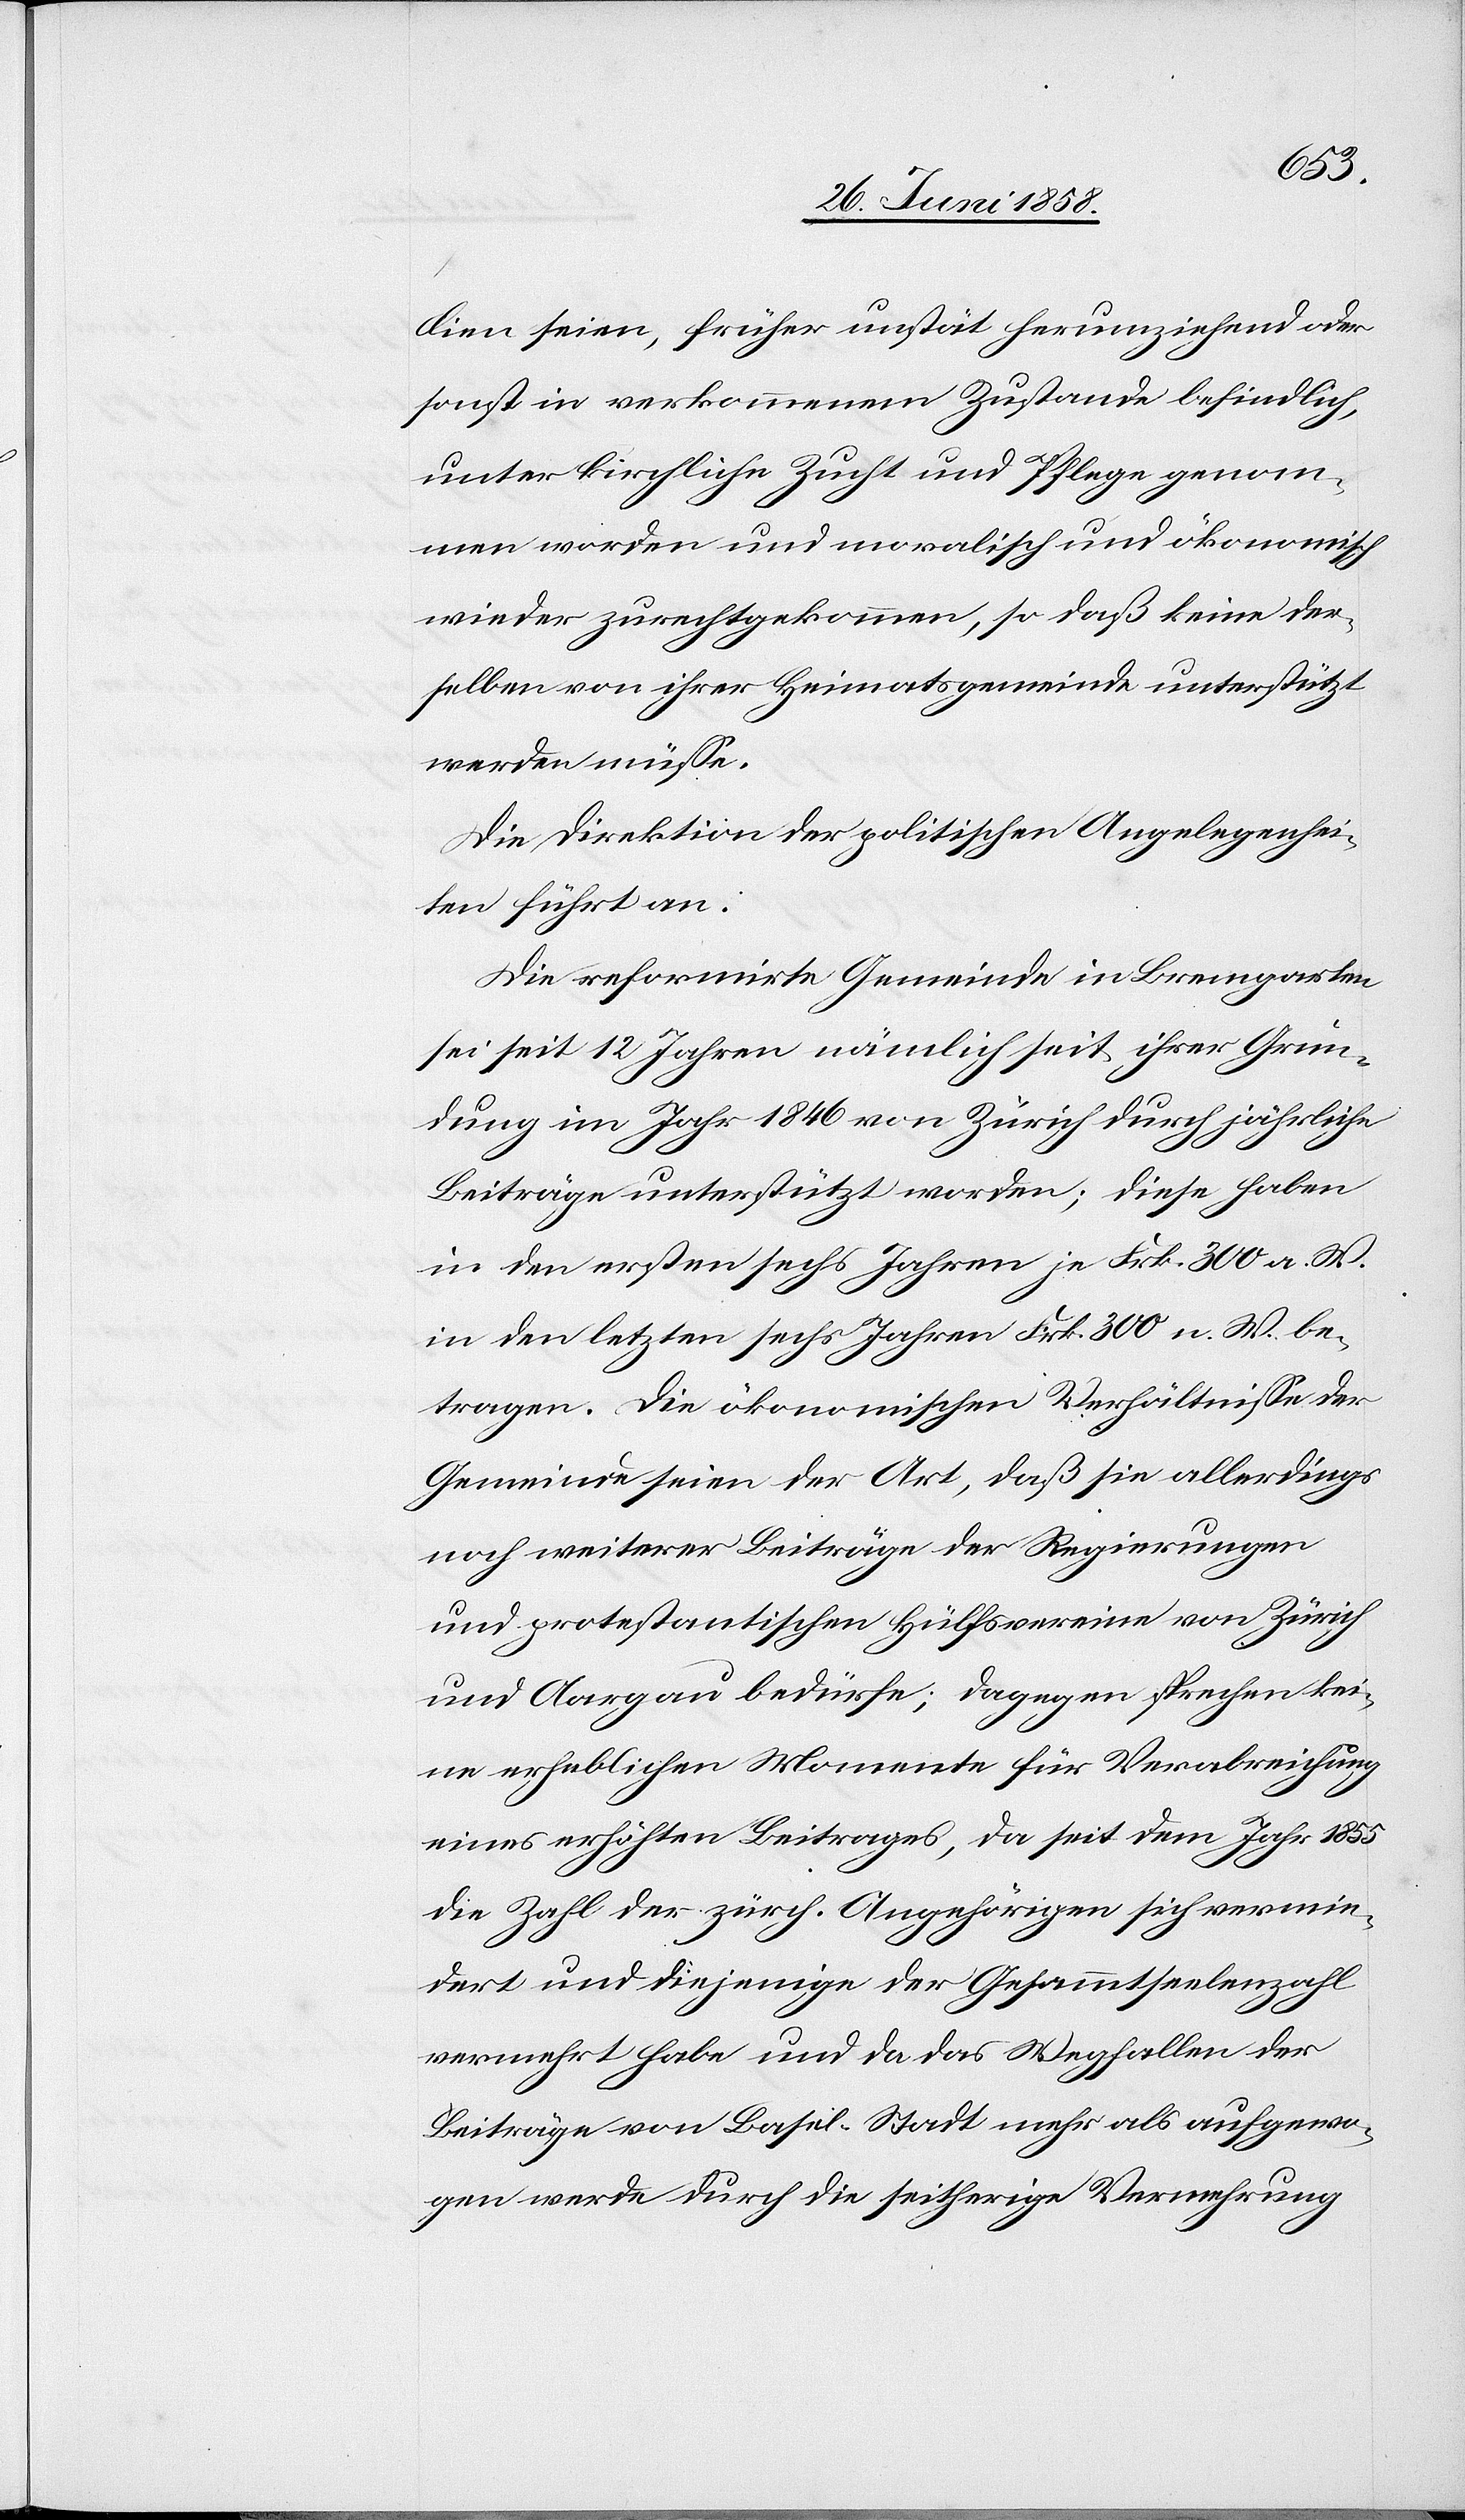
lien seien, früher unstät herumziehend oder
sonst in verkommenem Zustande befindlich,
unter kirchliche Zucht und Pflege genom¬
men worden und moralisch und ökonomisch
wieder zurechtgekommen, so daß keine der¬
selben von ihrer Heimatsgemeinde unterstützt
werden müsse.
Die Direktion der politischen Angelegenhei¬
ten führt an:
Die reformirte Gemeinde in Bremgarten
sei seit 12 Jahren nämlich seit ihrer Grün¬
dung im Jahr 1846 von Zürich durch jährliche
Beiträge unterstützt worden; diese haben
in den ersten sechs Jahren je Frk. 300 a.
in den letzten sechs Jahren Frk. 300 n. W. be¬
tragen. Die ökonomischen Verhältnisse der
Gemeinde seien der Art, daß sie allerdings
noch weiterer Beiträge der Regierungen
und protestantischen Hülfsvereine von Zürich
und Aargau bedürfe; dagegen sprechen kei¬
ne erheblichen Momente für Verabreichung
eines erhöhten Beitrages, da seit dem Jahr 1855
die Zahl der zürch. Angehörigen sich vermin¬
dert und diejenige der Gesammtseelenzahl
vermehrt habe und da das Wegfallen der
Beiträge von Basel-Stadt mehr als aufgewo¬
gen werde durch die seitherige Vermehrung